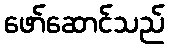
ဖော်ဆောင်သည်